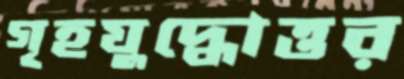
গৃহযুদ্ধোত্তর